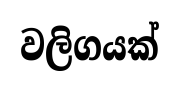
වලිගයක්